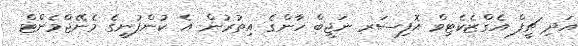
އަދި ޗީފް އެގްޒެކެޓިވް އޮފިސަރ ނަޖީބް ހާންގެ އިތުރުން އެ ކުންފުނީގެ މެނޭޖްމެންޓް